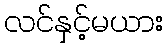
လင်နှင့်မယား